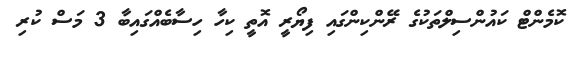
ކޮމެންޓް ކައުންސިލްތަކުގެ ރޭންކިންގައި ފިޔޯރީ އޮތީ ކިހާ ހިސާބެއްގައިބާ 3 މަސް ކުރި